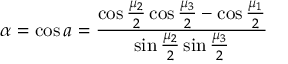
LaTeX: \alpha = \cos { a } = { \frac { \cos { \frac { \mu _ { 2 } } { 2 } } \cos { \frac { \mu _ { 3 } } { 2 } } - \cos { \frac { \mu _ { 1 } } { 2 } } } { \sin { \frac { \mu _ { 2 } } { 2 } } \sin { \frac { \mu _ { 3 } } { 2 } } } }